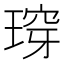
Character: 瑏